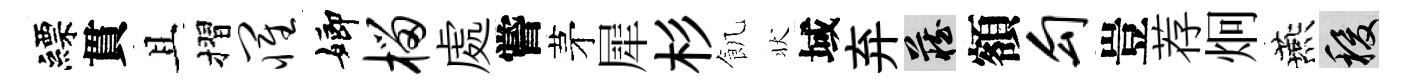
縹貫且摺罹嫏榴處嘗茅犀杉飢状域弃藏額勾豈荐炯燕稷